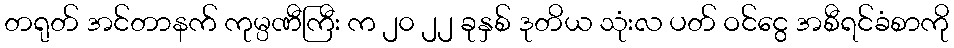
တရုတ် အင်တာနက် ကုမ္ပဏီကြီး က ၂၀ ၂၂ ခုနှစ် ဒုတိယ သုံးလ ပတ် ဝင်ငွေ အစီရင်ခံစာကို